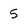
Character: 5